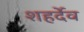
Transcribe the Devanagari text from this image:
शहर्देव